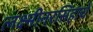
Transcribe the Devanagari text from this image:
लक्ष्मीनरसिंहाचें